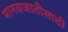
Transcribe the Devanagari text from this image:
मानवजातीसाठी